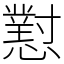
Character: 懟